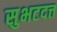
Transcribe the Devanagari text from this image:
सुभटदत्त